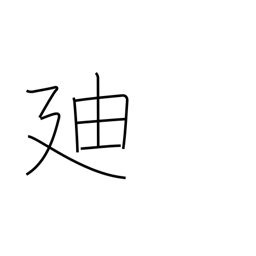
Meaning: proceed